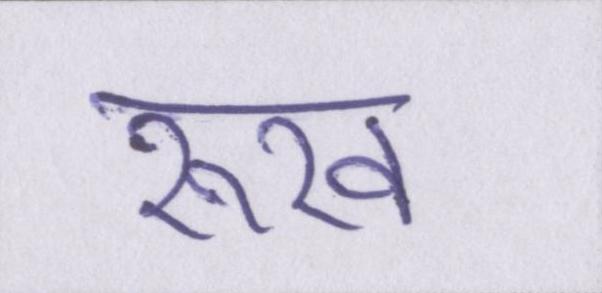
रूख